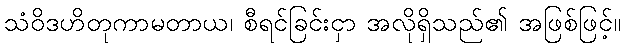
သံဝိဒဟိတုကာမတာယ၊ စီရင်ခြင်းငှာ အလိုရှိသည်၏ အဖြစ်ဖြင့်။